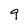
Character: 9